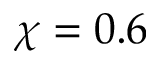
\chi = 0 . 6